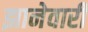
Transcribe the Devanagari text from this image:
झानेवारी